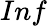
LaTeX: Inf